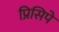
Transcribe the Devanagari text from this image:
प्रिसिपे